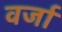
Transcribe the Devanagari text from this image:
वर्जा